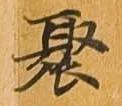
聚